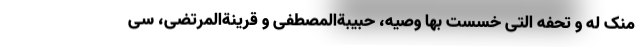
منک له و تحفه التی خسست بها وصیه، حبیبةالمصطفی و قرینةالمرتضی، سی